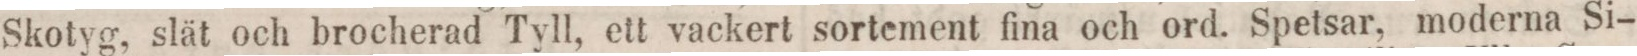
Skotyg, slät och brocherad Tyll, ett vackert sortement fina och ord. Spetsar, moderna Si-